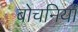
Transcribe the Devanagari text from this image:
बोचनिया